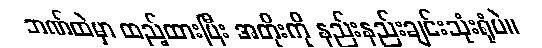
ဘဏ်ထဲမှာ ထည့်ထားပြီး အတိုးကို နည်းနည်းချင်းသုံးရုံပဲ။